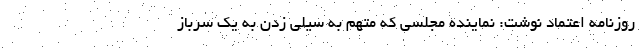
روزنامه اعتماد نوشت: نماینده مجلسی که متهم به سیلی زدن به یک سرباز